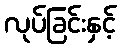
လုပ်ခြင်းနှင့်